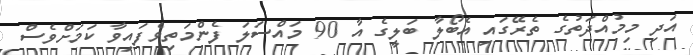
އަދި މިމުއްދަތުގެ ތެރޭގައި އެބޯލާ ބަލީގެ އާ 90 މައްސަލަ ފެންމަތިވެފައިވާ ކަމަށްވެސް